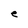
Character: e